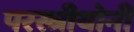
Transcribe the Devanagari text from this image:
परस्त्रीयोनी